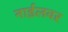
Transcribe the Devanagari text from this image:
नाईलवर